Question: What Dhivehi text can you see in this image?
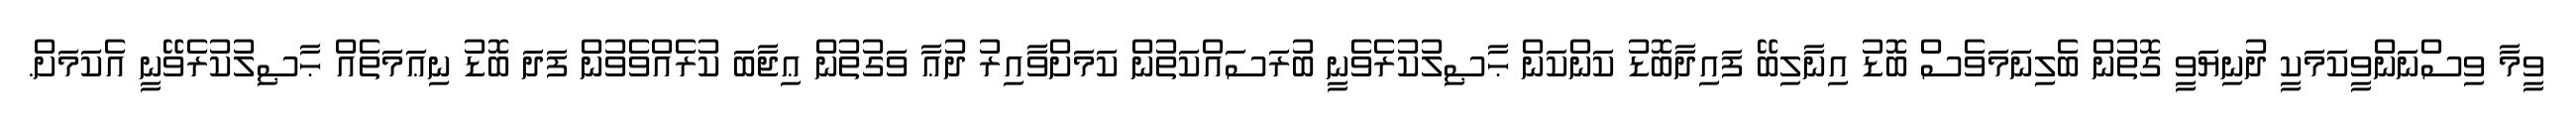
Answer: ވީމާ ވިސްނަންވީކަމަކީ ދުނިޔަވީ ގޮތުން ބެލިނަމަވެސް ބޮޑު އިނާލިބޭ ފައިދާބޮޑު ކަންކަން ޙާޞިލުކުރެވެނީ ބުރަސައްކަތުން ކަމަށްވާއިރު ދުޢާ ވަގުތުން ޢިޖާބަ ކުރެއްވެވުން ފަދަ ބޮޑު ނިޢަމަތެއް ޙާޞިލުކުރެވޭނީ އެކަމަށް.